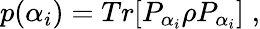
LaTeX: p(\alpha_{i})=Tr[P_{\alpha_{i}}\rho P_{\alpha_{i}}]\; ,